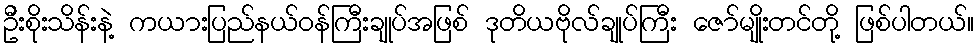
ဦးစိုးသိန်းနဲ့ ကယားပြည်နယ်ဝန်ကြီးချုပ်အဖြစ် ဒုတိယဗိုလ်ချုပ်ကြီး ဇော်မျိုးတင်တို့ ဖြစ်ပါတယ်။